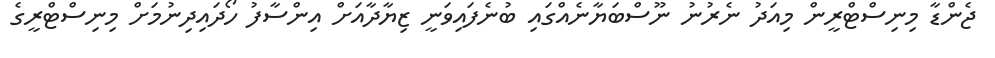
ޖެންޑާ މިނިސްޓްރީން މިއަދު ނެރުނު ނޫސްބަޔާނެއްގައި ބުނެފައިވަނީ ޒިޔާދާއަށް އިންސާފު ހޯދައިދިނުމަށް މިނިސްޓްރީގެ